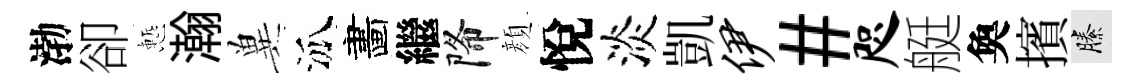
渤卻慙瀚兾泒畵繼降顔悅淡凱伊#咫艇奐擯縢